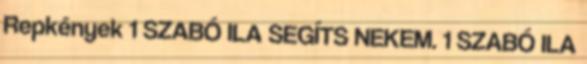
Repkények 1 SZABÓ ILA SEGÍTS NEKEM. 1 SZABÓ ILA